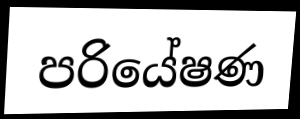
පරියේෂණ